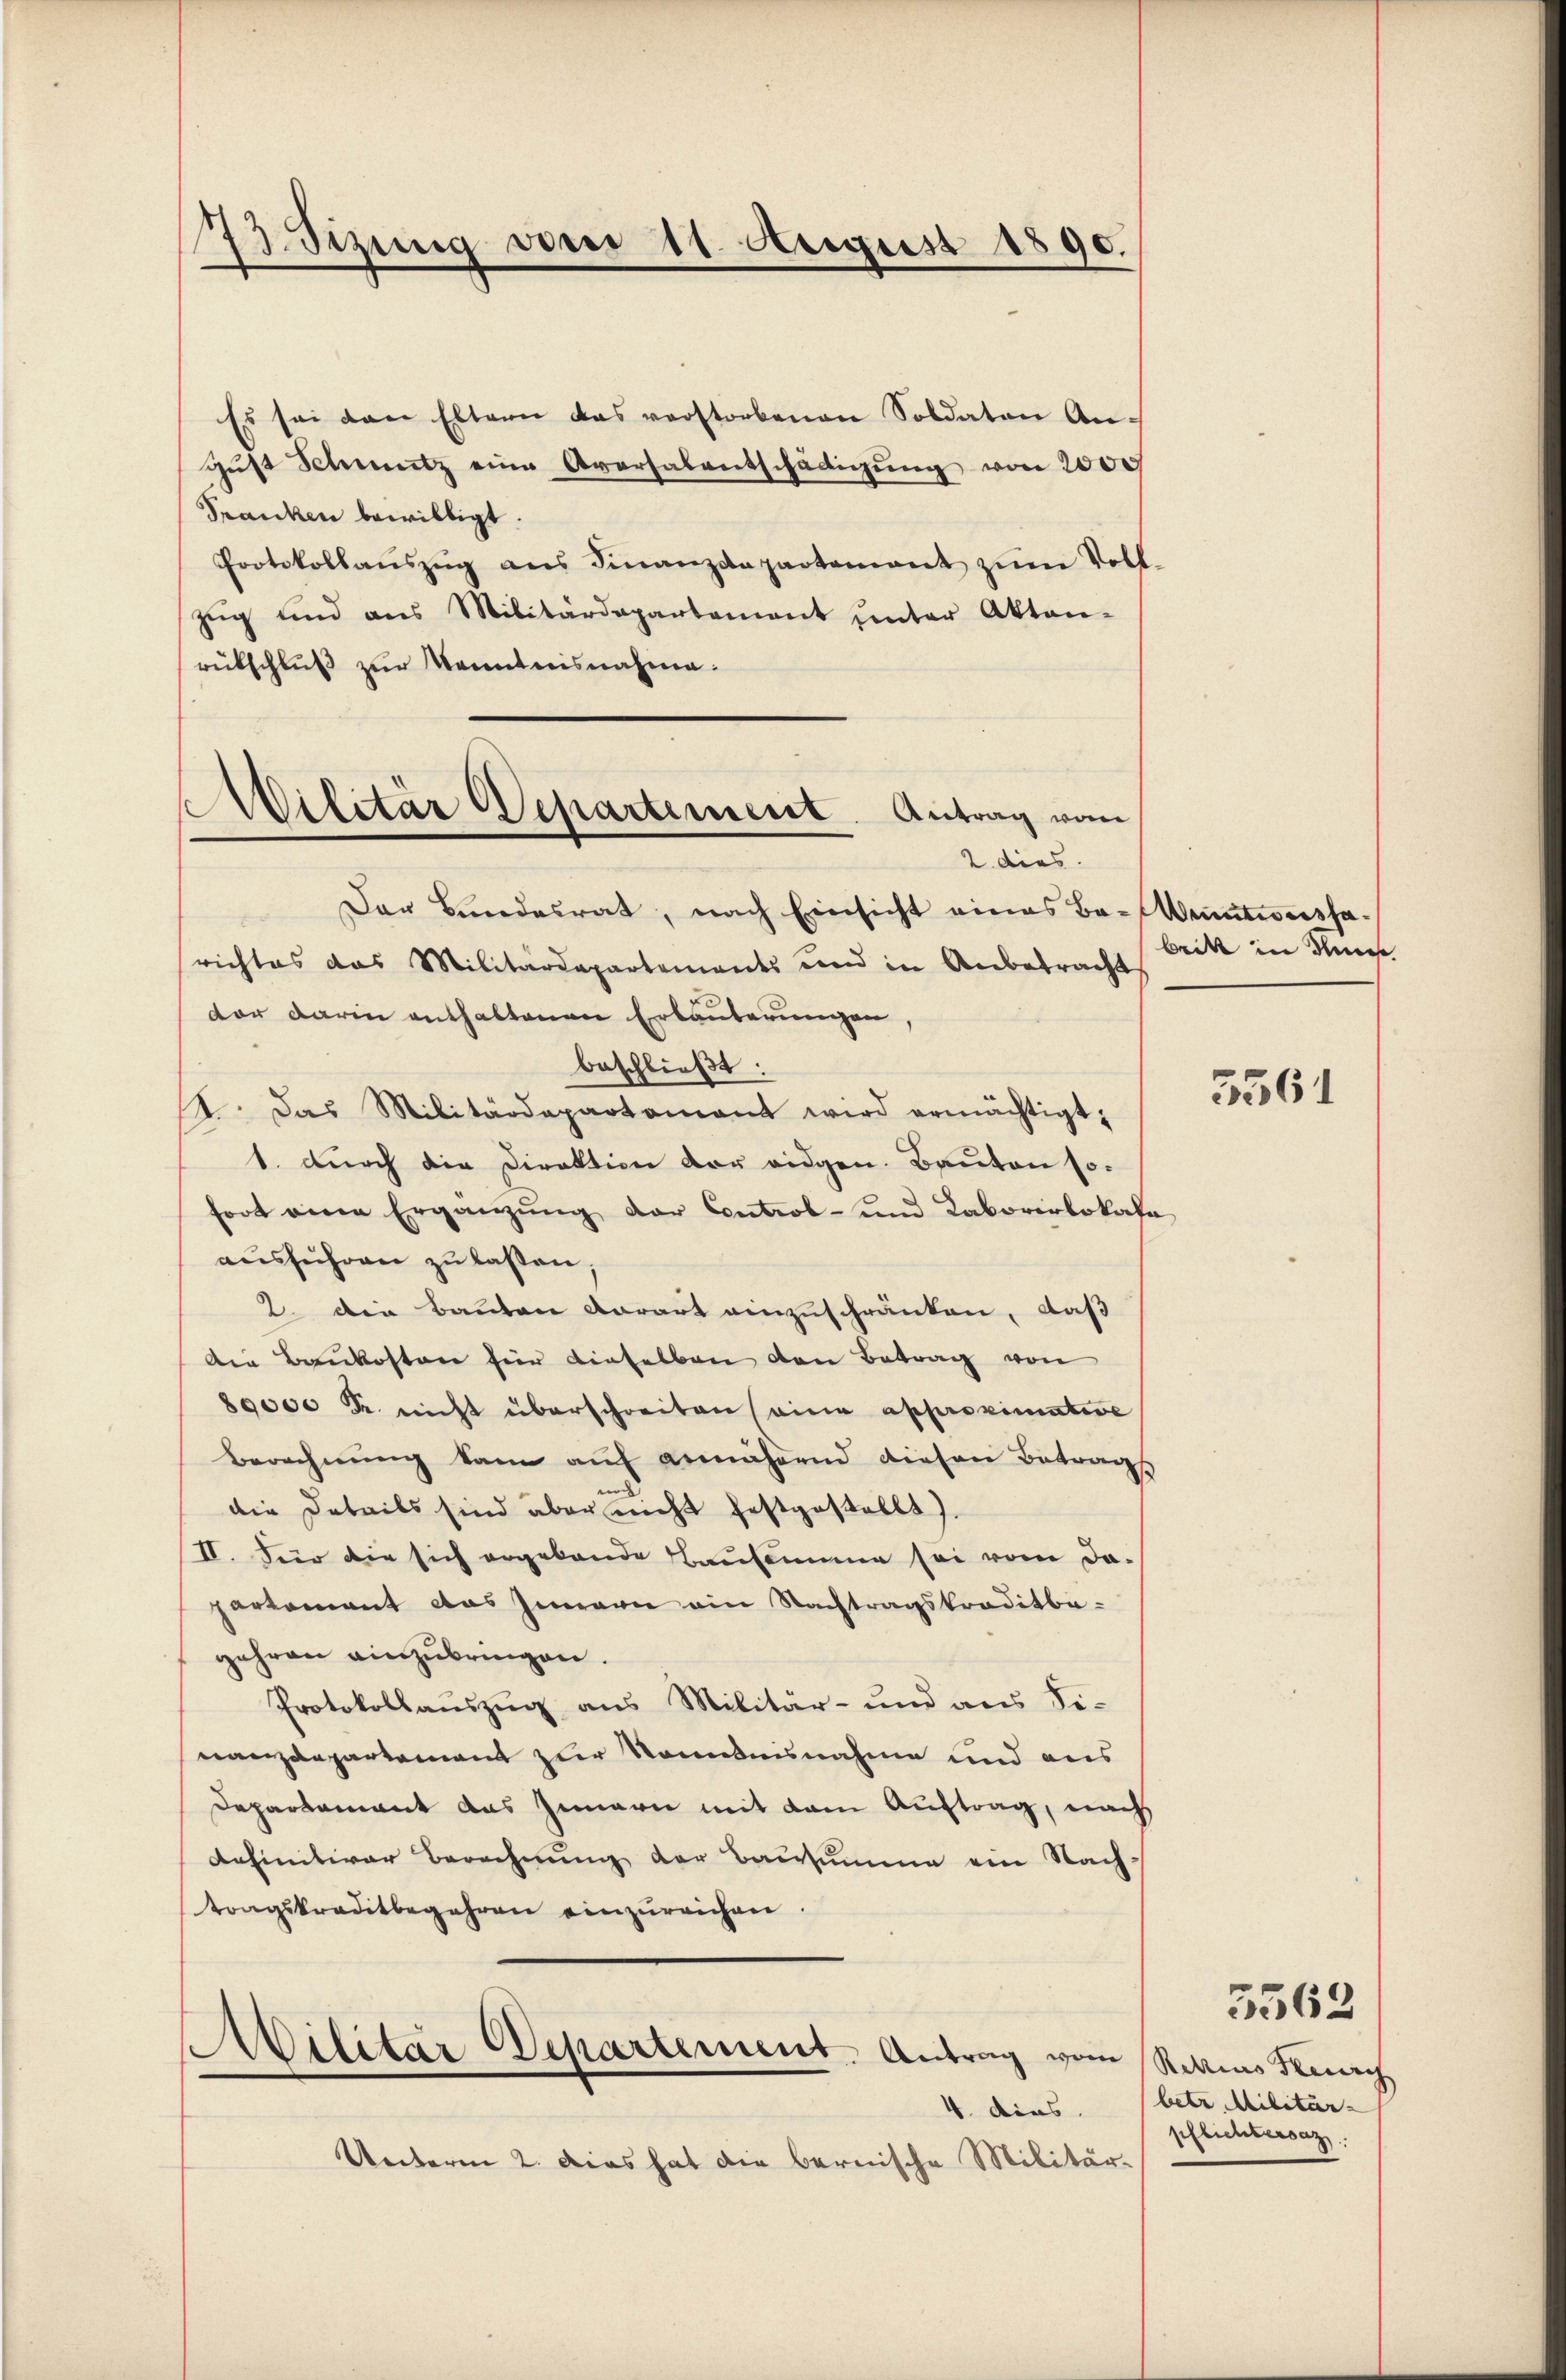
73. Sizung vom 11. August 1890.

Es sei den Eltern das verstorbenen Soldaten Angŭst Schmutz eine Aversalentschädigŭng von 2000
Franken bewilligt.
Protokollaŭszŭg ans Finanzdepartement zum Voll
zŭg und ans Militärdepartement ŭnter Akten-
rückschluß zur Kenntnisnahme.
Der Bundesrat, nach Einsicht eines Ba-Weintweissarichtes das Militärdepartements und in Anbetracht
der darin enthaltenen Erläuterungen,
beschließt:
4. Das Militärdepartamant wird ermächtigt;
1. durch die Direktion der eidgen. Bauten sofort eine Ergänzung der Control- und Laborirlokala
ausführen zu laßen,
2. Die Bauten derart einzuschränken, daß
Die Baukosten für dieselben den Betrag von
80000 Fr. nicht überschreiten eine approximative
Berechnŭng kam auf annährend diesen Betrags
 |
die Details sind aber nicht festgestellt
II. Für die sich ergebende Bausammen sei vom dapartement das Innern ein Nachtragskreditbegehren einzubringen.
Protokollauszug aus Militär- und aus Si-
nanzdepartement zur Kenntnisnahme und aus
Departement aus Innern mit dem Auftrag, nach
definitiver Berechnung der Bausumme ein Nachtragskreditbegehren einzŭreichen.
¬
Militar Departement. Antrag vom Rekias Kirch
4. dies
Unterm 2. Dies hat die bernische Militär¬

Militär Departement. Antrag vom
2. dies

britt in des

5561

5562

betr. Militär-
pflichtersaz.